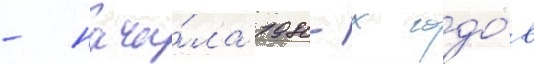
- нача́ла 1980-х годо́в